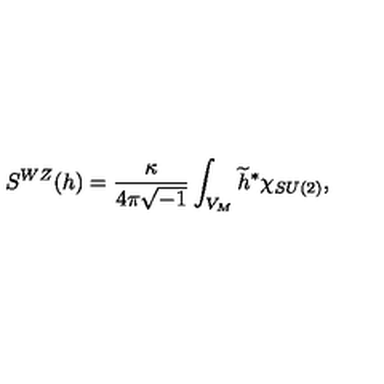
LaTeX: S ^ { W Z } ( h ) = \frac { \kappa } { 4 \pi \sqrt { - 1 } } \int _ { V _ { M } } \widetilde { h } ^ { \ast } \chi _ { S U ( 2 ) } ,